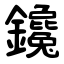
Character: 鑱